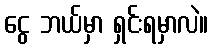
ငွေ ဘယ်မှာ ရှင်းရမှာလဲ။